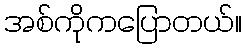
အစ်ကိုကပြောတယ်။